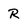
Character: R